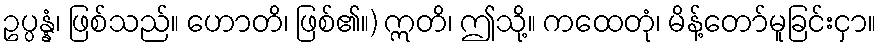
ဥပ္ပန္နံ၊ ဖြစ်သည်။ ဟောတိ၊ ဖြစ်၏။) ဣတိ၊ ဤသို့။ ကထေတုံ၊ မိန့်တော်မူခြင်းငှာ။